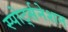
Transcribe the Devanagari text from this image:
स्पोर्ट्सनेशन